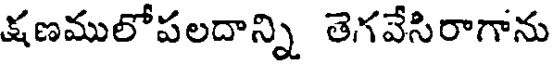
క్షణములోపలదాన్ని తెగవేసిరాగాను